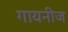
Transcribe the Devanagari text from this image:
गायनीज